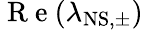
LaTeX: \mathrm{~R~e~}(\lambda_{\mathrm{NS,\pm}})